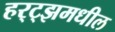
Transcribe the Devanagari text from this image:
हर्‍ट्झमधील